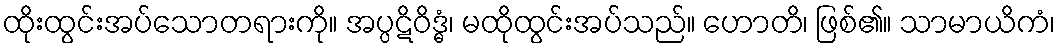
ထိုးထွင်းအပ်သောတရားကို။ အပ္ပဋိဝိဒ္ဓံ၊ မထိုထွင်းအပ်သည်။ ဟောတိ၊ ဖြစ်၏။ သာမာယိကံ၊